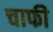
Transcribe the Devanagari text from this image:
चाफी